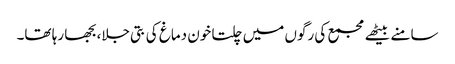
سامنے بیٹھے مجمع کی رگوں میں چلتا خون دماغ کی بتی جلا، بجھا رہا تھا۔